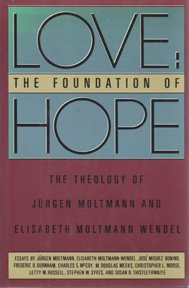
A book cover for Love: The Foundation of Hope : The Theology of Jurgen Moltmann and Elizabeth Moltmann-Wendel; Frederic B. Burnham; Christian Books & Bibles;